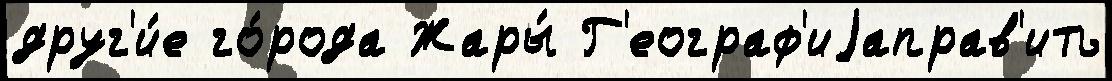
друг'и́е го́рода Жары́ Г'еограф'иjаправ'ить